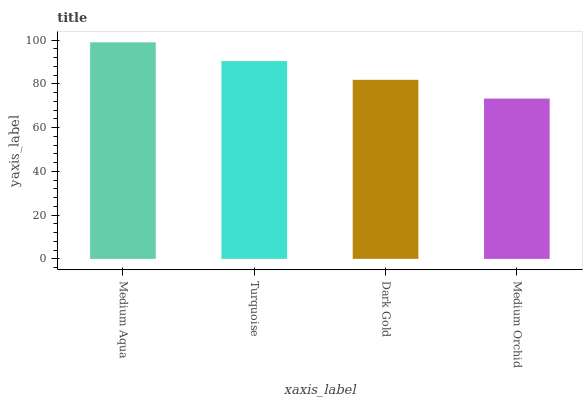
| xaxis_label | bars |
 | --- | --- |
 | Medium Aqua | 99 |
 | Turquoise | 90.4 |
 | Dark Gold | 81.9 |
 | Medium Orchid | 73.3 |